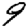
Digit: 9